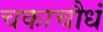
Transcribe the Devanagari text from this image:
चकाचौधं